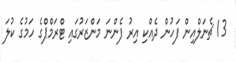
13 ޗެނަލްއިން ފަހުން ދެއްކި އިރު ފެންނަ މަންޒަރުގައި ޓްރަމްޕްގެ ހަމުގެ ކުލަ